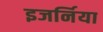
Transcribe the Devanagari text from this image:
इजर्निया